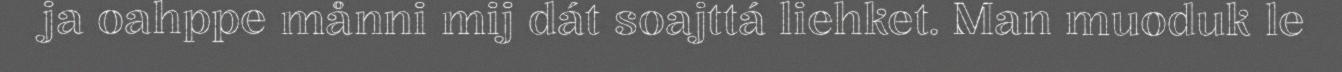
ja oahppe månni mij dát soajttá liehket. Man muoduk le